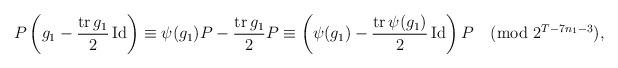
LaTeX: \begin{align*}P\left( g_1 -\frac{\operatorname{tr} g_1}{2} \operatorname{Id} \right) \equiv \psi(g_1)P - \frac{\operatorname{tr}g_1}{2} P \equiv \left( \psi(g_1) - \frac{\operatorname{tr} \psi(g_1)}{2} \operatorname{Id} \right)P \pmod{2^{T-7n_1-3}},\end{align*}